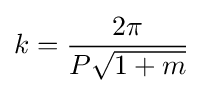
k={\frac {2\pi }{P{\sqrt {1+m}}}}